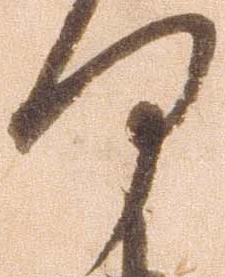
何